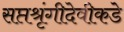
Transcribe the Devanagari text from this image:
सप्तश्रृंगीदेवीकडे